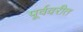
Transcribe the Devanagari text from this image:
पूर्ववरीत